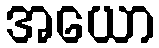
အယော